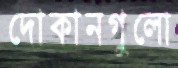
দোকানগুলো